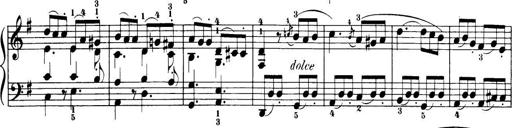
Title: 32 Sonatinas and Rondos for the Piano
Composer: Richard Kleinmichel